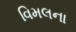
વિમલના